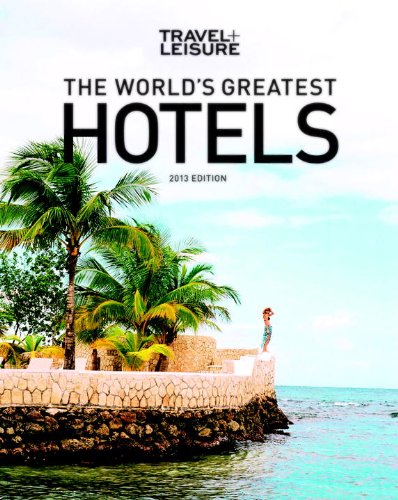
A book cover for TRAVEL + LEISURE: World's Greatest Hotels (2013) (Worlds Greatest Hotels, Resorts and Spas); The Editors of Travel + Leisure; Travel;